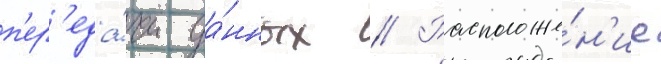
п'ер'еда́чи да́нных // Расположе́н'ие